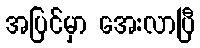
အပြင်မှာ အေးလာပြီ